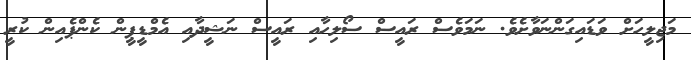
މަޖިލީހަށް ވަޑައިގަންނަވާށެވެ. ނަމަވެސް ރައީސް ސޯލިހާއި ރައީސް ނަޝީދާއި އެމްޑީޕީން ކެންޕެއިން ކުރީ